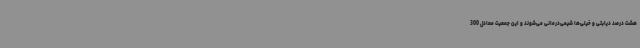
هشت درصد دیابتی و خیلی‌ها شیمی‌درمانی می‌شوند و این جمعیت معادل 300